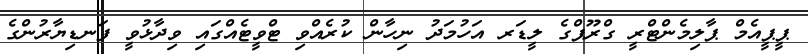
ޕީޕީއެމް ޕާލިމެންޓްރީ ގްރޫޕްގެ ލީޑަރ އަހުމަދު ނިހާން ކުރެއްވި ޓްވީޓެއްގައި ވިދާޅުވީ ފަނޑިޔާރުންގެ